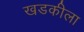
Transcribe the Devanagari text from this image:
खडकीला